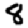
Digit: 8